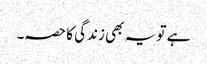
ہے تو یہ بھی زندگی کا حصہ۔